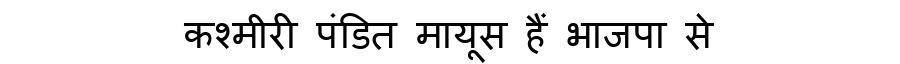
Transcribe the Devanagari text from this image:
कश्मीरी पंडित मायूस हैं भाजपा से